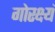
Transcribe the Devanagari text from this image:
गोरक्ष्यं